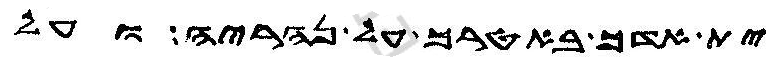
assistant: ית אדך באטרך על נהריה ועל